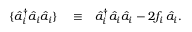
\begin{array} { r l r } { \{ \hat { a } _ { i } ^ { \dagger } \hat { a } _ { i } \hat { a } _ { i } \} } & { { } \equiv } & { \hat { a } _ { i } ^ { \dagger } \hat { a } _ { i } \hat { a } _ { i } - 2 f _ { i } \, \hat { a } _ { i } . } \end{array}